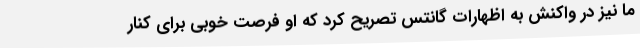
ما نیز در واکنش به اظهارات گانتس تصریح کرد که او فرصت خوبی برای کنار